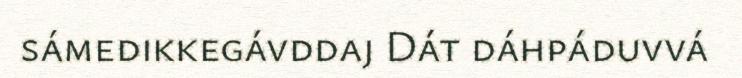
sámedikkegávddaj Dát dáhpáduvvá